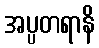
အပ္ပတရာနိ